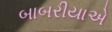
બાબરીયાએ